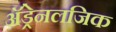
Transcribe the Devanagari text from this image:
अॅड्रेनलजिक